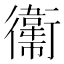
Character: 䘙